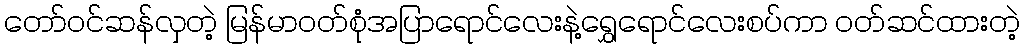
တော်ဝင်ဆန်လှတဲ့ မြန်မာဝတ်စုံအပြာရောင်လေးနဲ့ရွှေရောင်လေးစပ်ကာ ဝတ်ဆင်ထားတဲ့